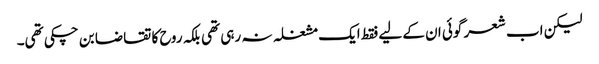
لیکن اب شعر گوئی ان کے لیے فقط ایک مشغلہ نہ رہی تھی بلکہ روح کا تقاضا بن چکی تھی۔